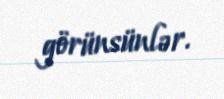
görünsünlər.